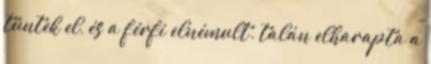
tűntek el, és a férfi elnémult. talán elharapta a